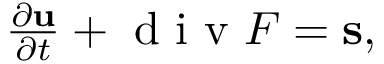
\begin{array} { r } { \frac { \partial { \bf u } } { \partial t } + \mathrm { ~ d ~ i ~ v ~ } { \cal F } = { \bf s } , } \end{array}